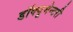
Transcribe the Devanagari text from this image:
डॉक्यूमेन्टरी